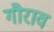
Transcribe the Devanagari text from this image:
गौराव